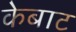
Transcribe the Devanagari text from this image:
केबाट